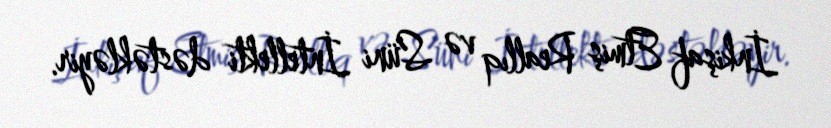
İnkişaf Etmiş Reallıq və Süni İntellekti dəstəkləyir.